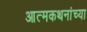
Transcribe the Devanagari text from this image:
आत्मकथनांच्या